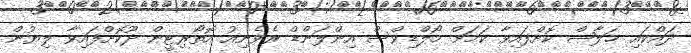
ދައްކައި ޚަލާޞް ކޮށްފައިވާ ކަމަށް މޯލްޑިވްސް އިންލަންޑް ރެވެނިއު އޮތޯރިޓީން ދޫކޮށްފައިވާ ލިޔުން